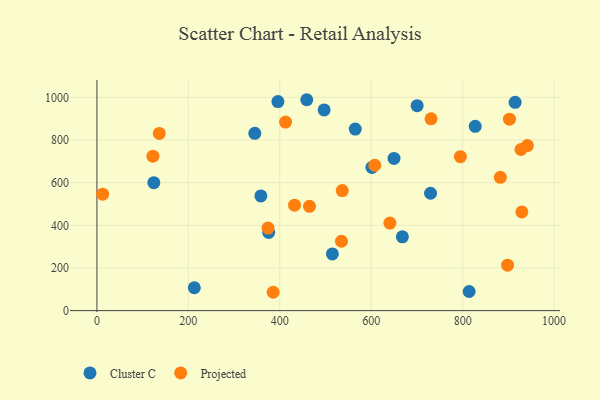
{"axis": {"x": "Price", "y": "Sales"}, "legend": ["Cluster C", "Projected"], "data": [{"x": "497.0", "y": 940.9, "type": "Cluster C"}, {"x": "459.0", "y": 988.7, "type": "Cluster C"}, {"x": "649.8", "y": 713.7, "type": "Cluster C"}, {"x": "358.6", "y": 537.7, "type": "Cluster C"}, {"x": "213.0", "y": 107.1, "type": "Cluster C"}, {"x": "395.9", "y": 979.8, "type": "Cluster C"}, {"x": "124.5", "y": 599.9, "type": "Cluster C"}, {"x": "914.7", "y": 976.5, "type": "Cluster C"}, {"x": "375.7", "y": 366.4, "type": "Cluster C"}, {"x": "565.0", "y": 851.2, "type": "Cluster C"}, {"x": "729.7", "y": 550.2, "type": "Cluster C"}, {"x": "345.3", "y": 831.1, "type": "Cluster C"}, {"x": "814.1", "y": 89.6, "type": "Cluster C"}, {"x": "827.4", "y": 864.1, "type": "Cluster C"}, {"x": "601.5", "y": 671.2, "type": "Cluster C"}, {"x": "668.1", "y": 346.1, "type": "Cluster C"}, {"x": "515.0", "y": 265.9, "type": "Cluster C"}, {"x": "700.4", "y": 960.9, "type": "Cluster C"}, {"x": "902.3", "y": 897.6, "type": "Projected"}, {"x": "607.7", "y": 681.6, "type": "Projected"}, {"x": "795.0", "y": 721.7, "type": "Projected"}, {"x": "122.5", "y": 724.1, "type": "Projected"}, {"x": "898.2", "y": 213.2, "type": "Projected"}, {"x": "927.5", "y": 755.4, "type": "Projected"}, {"x": "534.9", "y": 325.3, "type": "Projected"}, {"x": "730.8", "y": 899.0, "type": "Projected"}, {"x": "412.6", "y": 883.8, "type": "Projected"}, {"x": "385.5", "y": 86.0, "type": "Projected"}, {"x": "374.3", "y": 387.0, "type": "Projected"}, {"x": "640.8", "y": 410.6, "type": "Projected"}, {"x": "882.4", "y": 624.7, "type": "Projected"}, {"x": "464.9", "y": 488.9, "type": "Projected"}, {"x": "536.6", "y": 563.0, "type": "Projected"}, {"x": "136.4", "y": 830.8, "type": "Projected"}, {"x": "941.5", "y": 773.8, "type": "Projected"}, {"x": "432.2", "y": 494.5, "type": "Projected"}, {"x": "929.4", "y": 462.5, "type": "Projected"}, {"x": "12.5", "y": 546.0, "type": "Projected"}]}